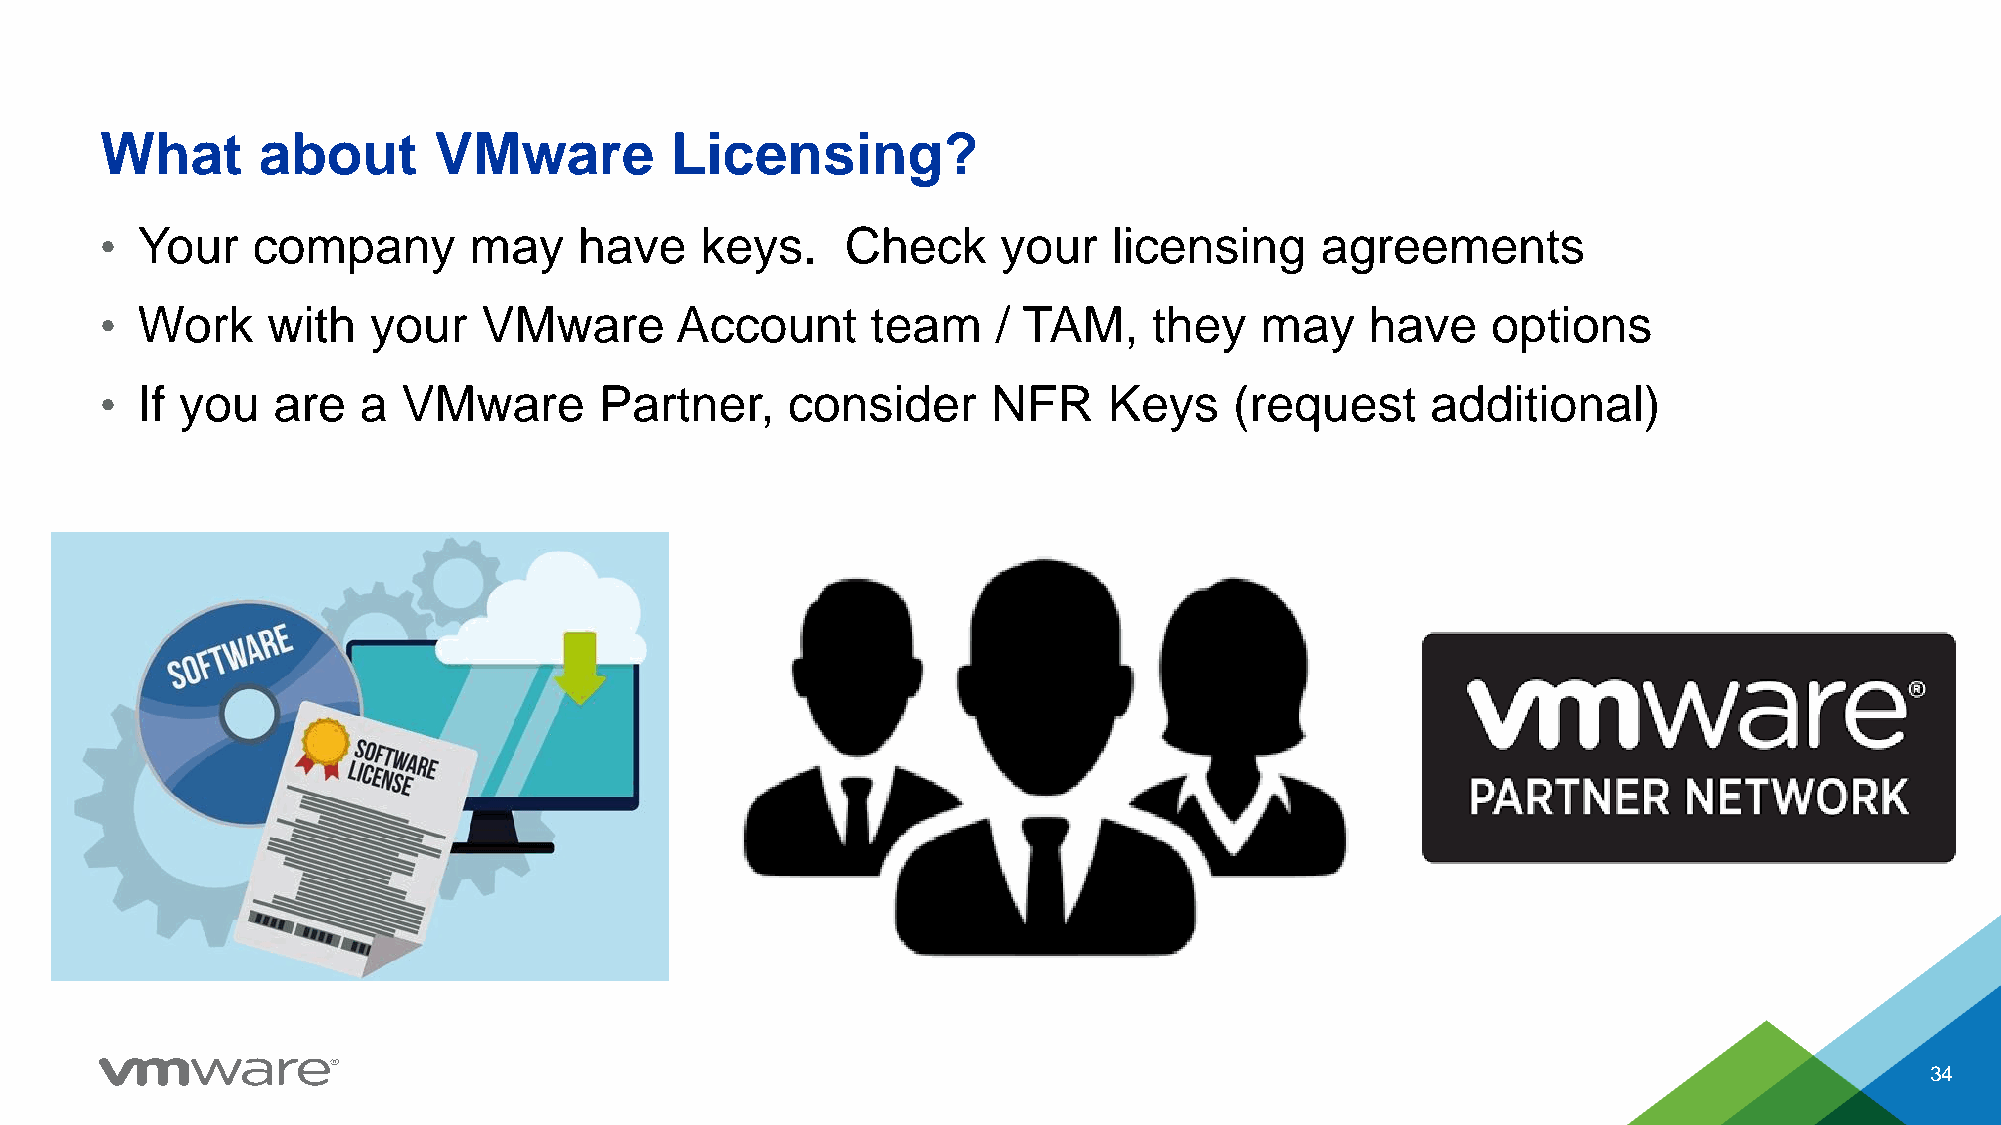
What      about       VMware         Licensing?
 • Your    company       may    have    keys.     Check     your    licensing    agreements
 • Work     with  your    VMware       Account      team    / TAM,    they   may     have    options
 • If you   are   a  VMware       Partner,    consider      NFR    Keys     (request     additional)
 34